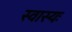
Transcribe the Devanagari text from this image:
स्वास्यः